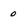
Character: o